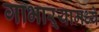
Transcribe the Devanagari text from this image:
गाभाऱ्यामध्ये